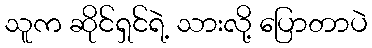
သူက ဆိုင်ရှင်ရဲ့ သားလို့ ပြောတာပဲ